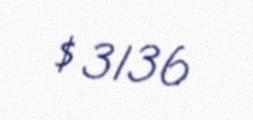
$ 3136